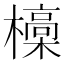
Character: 𣝩